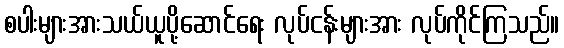
စပါးများအားသယ်ယူပို့ဆောင်ရေး လုပ်ငန်းများအား လုပ်ကိုင်ကြသည်။